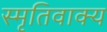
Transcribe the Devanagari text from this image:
स्मृतिवाक्य